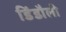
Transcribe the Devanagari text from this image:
डिंडौली